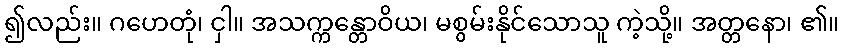
၍လည်း။ ဂဟေတုံ၊ ငှါ။ အသက္ကန္တောဝိယ၊ မစွမ်းနိုင်သောသူ ကဲ့သို့။ အတ္တနော၊ ၏။